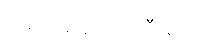
ခေါင်းဆောင်ကြီးများ